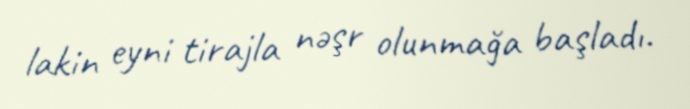
lakin eyni tirajla nəşr olunmağa başladı.